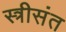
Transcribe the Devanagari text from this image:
स्त्रीसंत